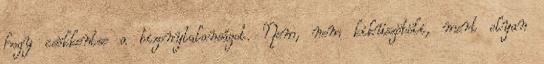
hogy csökkentse a bizonytalanságot. Nem, nem kiküszöböli, mert olyan